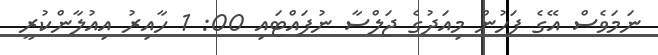
ނަމަވެސް އޭގެ ފަހުން މިއަދުގެ ޖަލްސާ ނުފައްޓައި 00: 1 ހާއިރު އިއުލާންކުރީ